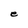
Character: e